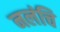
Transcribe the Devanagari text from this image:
नलंचि